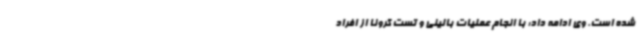
شده است. وی ادامه داد: با انجام عملیات بالینی و تست کرونا از افراد